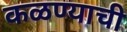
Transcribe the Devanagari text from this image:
कळण्याची